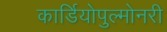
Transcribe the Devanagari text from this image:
कार्डियोपुल्मोनरी